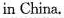
in China.